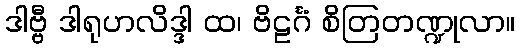
ဒါဗ္ဗီ ဒါရုဟလိဒ္ဒါ ထ၊ ဗိဠင်္ဂံ စိတြတဏ္ဍုလာ။